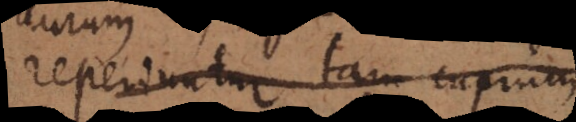
reperiuntur tam cuprum